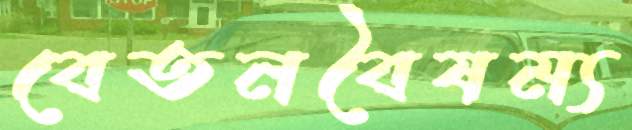
বেতনবৈষম্য